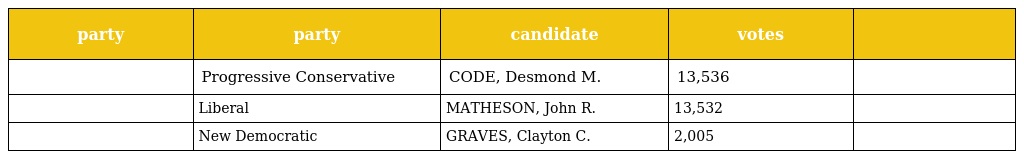
| party | party | candidate | votes |  |
 | --- | --- | --- | --- | --- |
 |  | Progressive Conservative | CODE, Desmond M. | 13,536 |  |
 |  | Liberal | MATHESON, John R. | 13,532 |  |
 |  | New Democratic | GRAVES, Clayton C. | 2,005 |  |